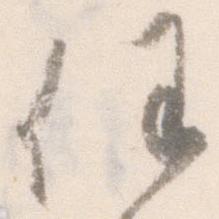
任